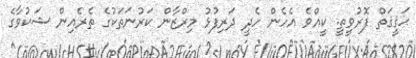
ޙަޤީޤަތް ފޮރުވީތީ. ކީއްވެ އެހެން ހެދީ ދަރިފުޅު މިރްޒާން ކަރުނަތަކުގެ ތެރެއިން ޝަކުވާގެ